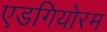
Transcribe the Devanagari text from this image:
एडगियोरम